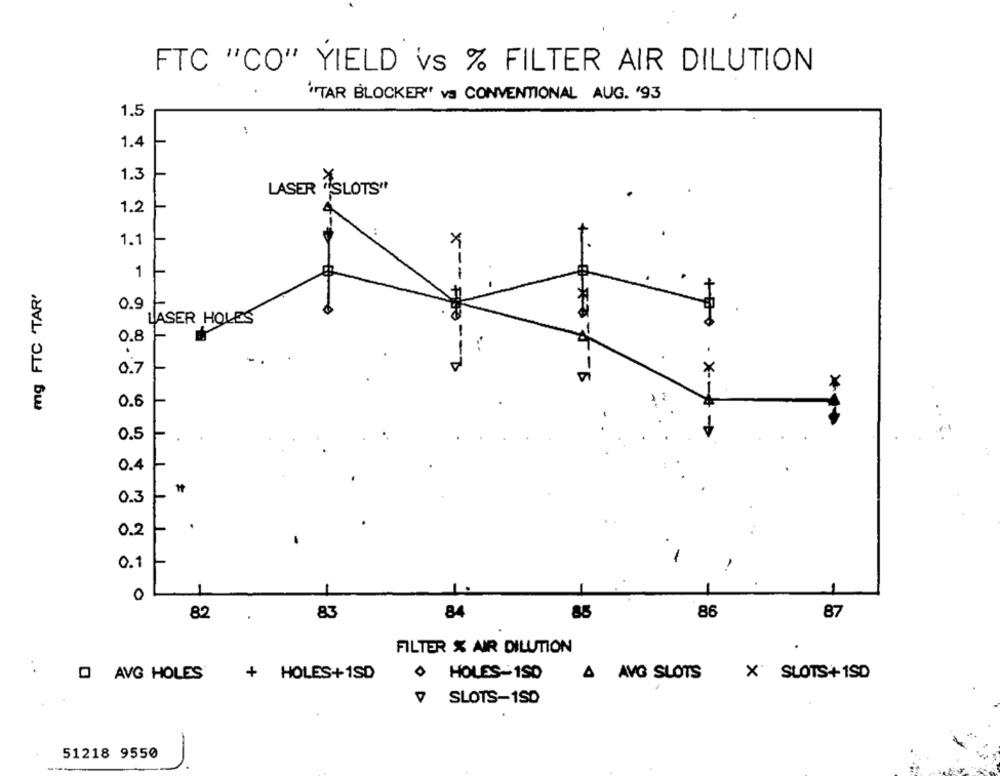
FTC "CO" YIELD vs % FILTER AIR DILUTION
"TAR BLOCKER" va CONVENTIONAL AUG. '93
1.5
:
1.4
1.3
LASER İSLOTS"
1.2
-f
1.1
1
mg FTC 'TAR'
0.9
LASER HOLES
x -- FI-
0.8
.
-D
0.7
X
0.6
0.5
0.4
0.3
0.2
0.1
0
82
83
87
.
84
85
86
FILTER % AIR DILUTION
0 HOLES-150
X SLOTS+1SD
O AVG HOLES
+ HOLES+1SD
A AVG SLOTS
V SLOTS-150
-
51218 9550